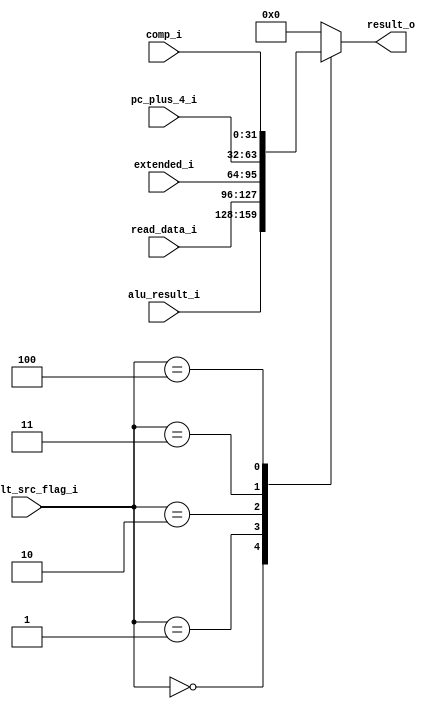
module result_src_mux(
    input [2:0] result_src_flag_i,
    input [31:0] alu_result_i,
    input [31:0] read_data_i,
    input [31:0] extended_i,
    input [31:0] pc_plus_4_i,
    input [31:0] comp_i,
    output reg [31:0] result_o
);
    always @(*) begin
        case(result_src_flag_i)
            3'b000: result_o = alu_result_i;
            3'b001: result_o = read_data_i;
            3'b010: result_o = extended_i;
            3'b011: result_o = pc_plus_4_i;
            3'b100: result_o = comp_i;
            default: result_o = 32'd0;
        endcase
    end
endmodule